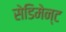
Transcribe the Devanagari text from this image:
सेडिमेन्ट